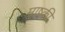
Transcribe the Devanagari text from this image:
माष्की